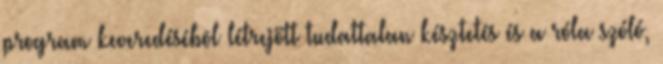
program keveredésébõl létrejött tudattalan késztetés és a róla szóló,